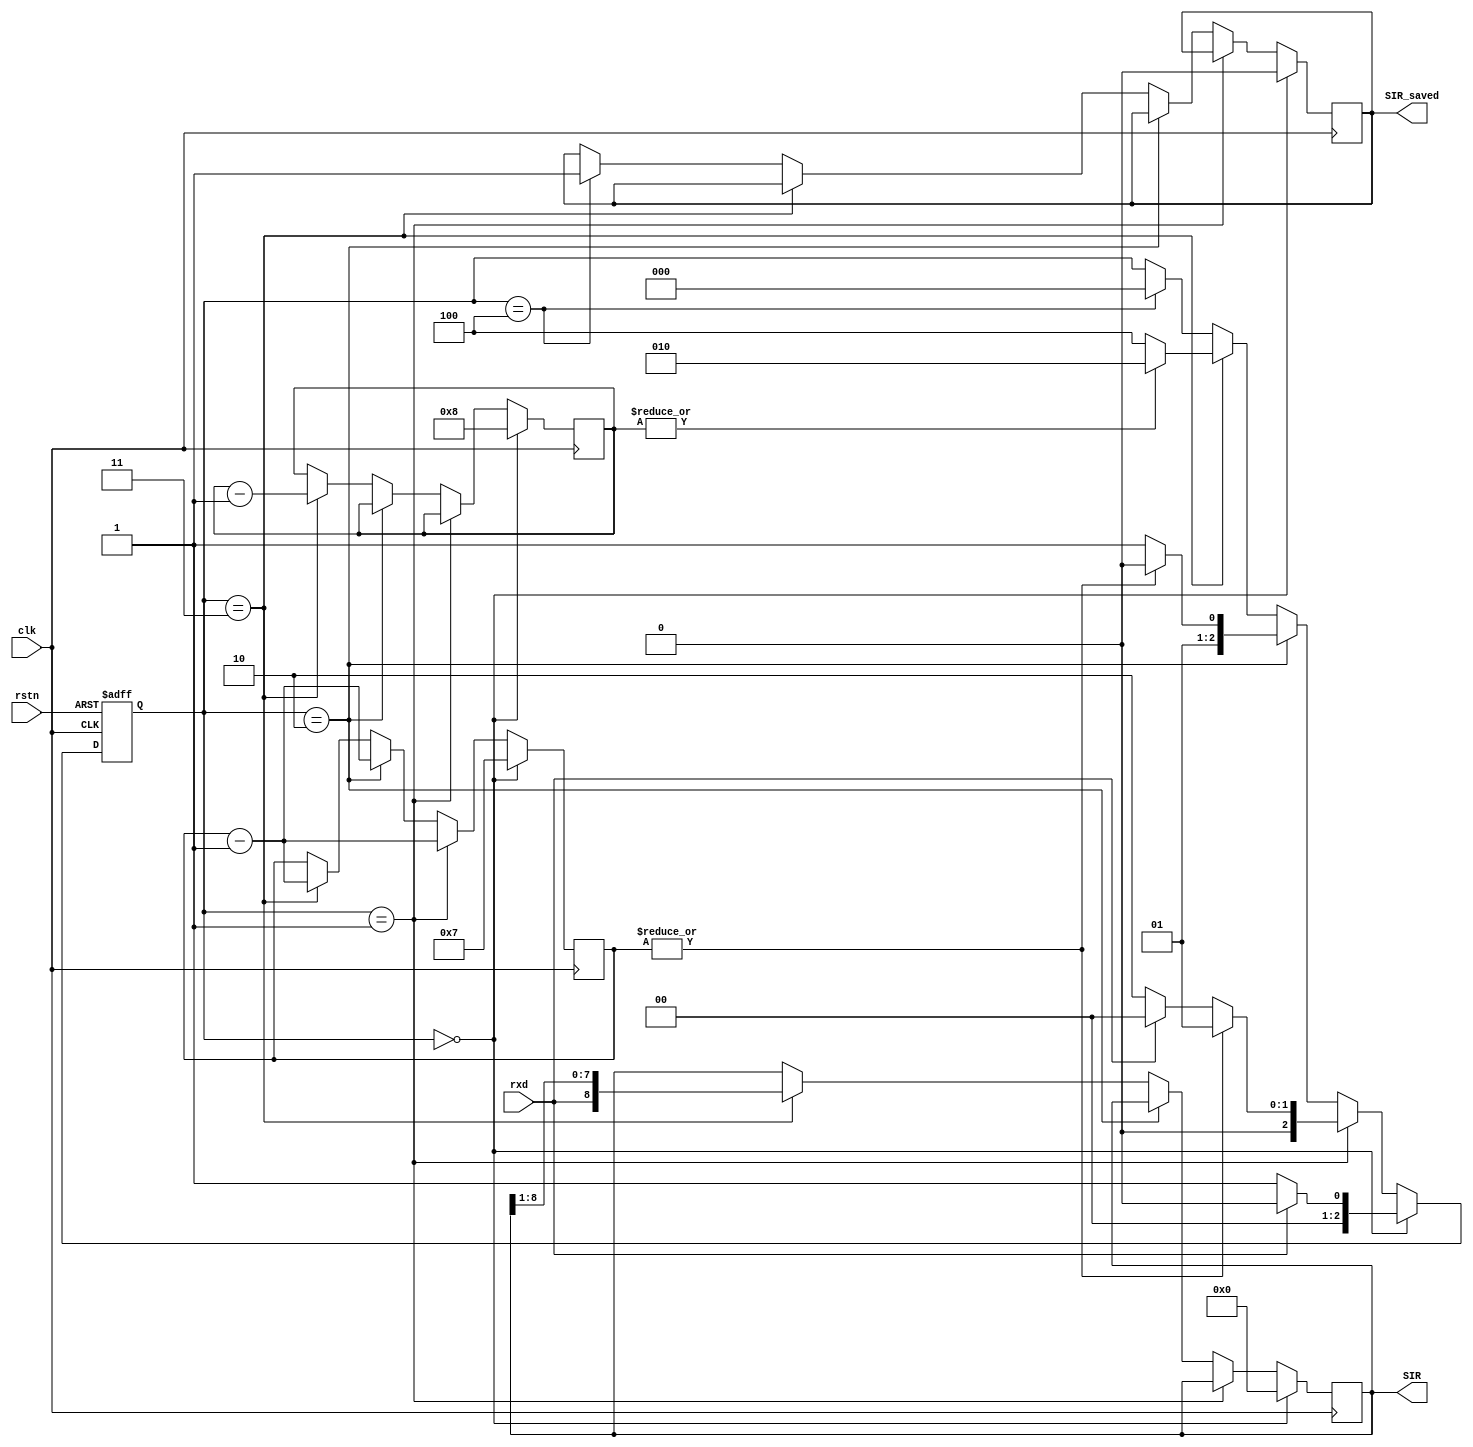
`timescale 1ns / 1ps

module SIR(
    input clk,
    input rstn,
    input rxd,
    output reg SIR_saved,
    output reg [8:0] SIR
    );
    parameter IDLE = 3'b000;
    parameter START = 3'b001;
    parameter BIT = 3'b010;
    parameter SHIFT = 3'b011;
    parameter SAVE = 3'b100;
    reg [2:0] curr_state;
    reg [2:0] next_state;
    reg [3:0] cntc; //cnt_clk
    reg [3:0] cntb; //cnt_bit
    always@(posedge clk or negedge rstn)
    begin
        if(!rstn)
            curr_state <= IDLE;
        else 
            curr_state <= next_state;
    end
    always@(*)
    begin
        if(curr_state == IDLE)
        begin
            if(!rxd)
                next_state = START;
            else
                next_state = IDLE;
        end
        else if(curr_state == START)
        begin
            if(|cntc)
                next_state = START;
            else
            begin
                if(!rxd)
                    next_state = BIT;
                else    
                    next_state = IDLE;
            end
        end
        else if(curr_state == BIT)
        begin
            if(|cntc)
                next_state = BIT;
            else
                next_state = SHIFT;
        end
        else if(curr_state == SHIFT)
        begin
            if(|cntb)
                next_state = BIT;
            else
                next_state = SAVE;
        end
        else if(curr_state == SAVE) 
        begin
            next_state = IDLE;
        end
        else
            next_state = curr_state;
    end
    always@(posedge clk)
    begin
        if(curr_state == IDLE)
        begin
            cntc <= 7;
            cntb <= 8;
            SIR <= 0;
            SIR_saved <= 0;
        end
        else if(curr_state == START)
        begin
            cntc <= cntc - 1;
        end
        else if(curr_state == BIT)
        begin
            cntc <= cntc - 1;
        end
        else if(curr_state == SHIFT)
        begin
            cntc <= cntc - 1;
            cntb <= cntb - 1;
            SIR <= {rxd,SIR[8:1]};
        end
        else if(curr_state == SAVE)
        begin
            SIR_saved <= 1;
        end
        else
            ;
    end
endmodule